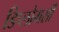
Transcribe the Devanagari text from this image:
डिप्लोमसी